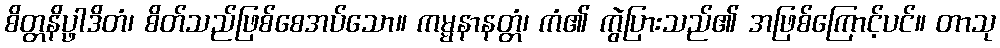
စိတ္တနိပ္ဖာဒိတံ၊ စိတ်သည်ဖြစ်စေအပ်သော။ ကမ္မနာနတ္တံ၊ ကံ၏ ကွဲပြားသည်၏ အဖြစ်ကြောင့်ပင်။ တာသု